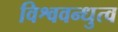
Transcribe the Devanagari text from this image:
विश्ववन्धुत्व